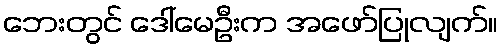
ဘေးတွင် ဒေါ်မေဦးက အဖော်ပြုလျက်။